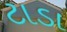
ટાડા